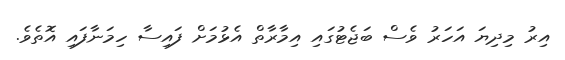
އިރު މިދިޔަ އަހަރު ވެސް ބަޖެޓުގައި އިމާރާތް އެޅުމަށް ފައިސާ ހިމަނާފައި އޮތެވެ.